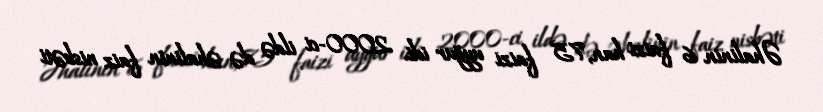
Əhalinin 6 faizi han, 75 faizi uyğur idi. 2000-ci ildə də əhalinin faiz nisbəti